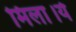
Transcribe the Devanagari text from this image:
मिला।ये